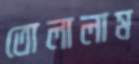
তোলালাম